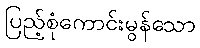
ပြည့်စုံကောင်းမွန်သော